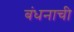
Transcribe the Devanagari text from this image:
बंधनाची